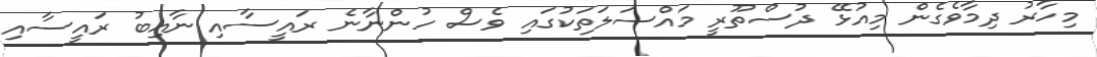
މިހާރު ދިމާވެގެން މިއުޅޭ ދުސްތޫރީ މައްސަލަތަކުގައި ވެސް ހުންނާނެ ރައީސާއި ނާއިބު ރައީސާއި